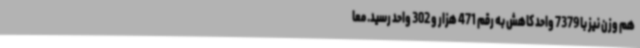
هم وزن نیز با 7379 واحد کاهش به رقم 471 هزار و 302 واحد رسید. معا